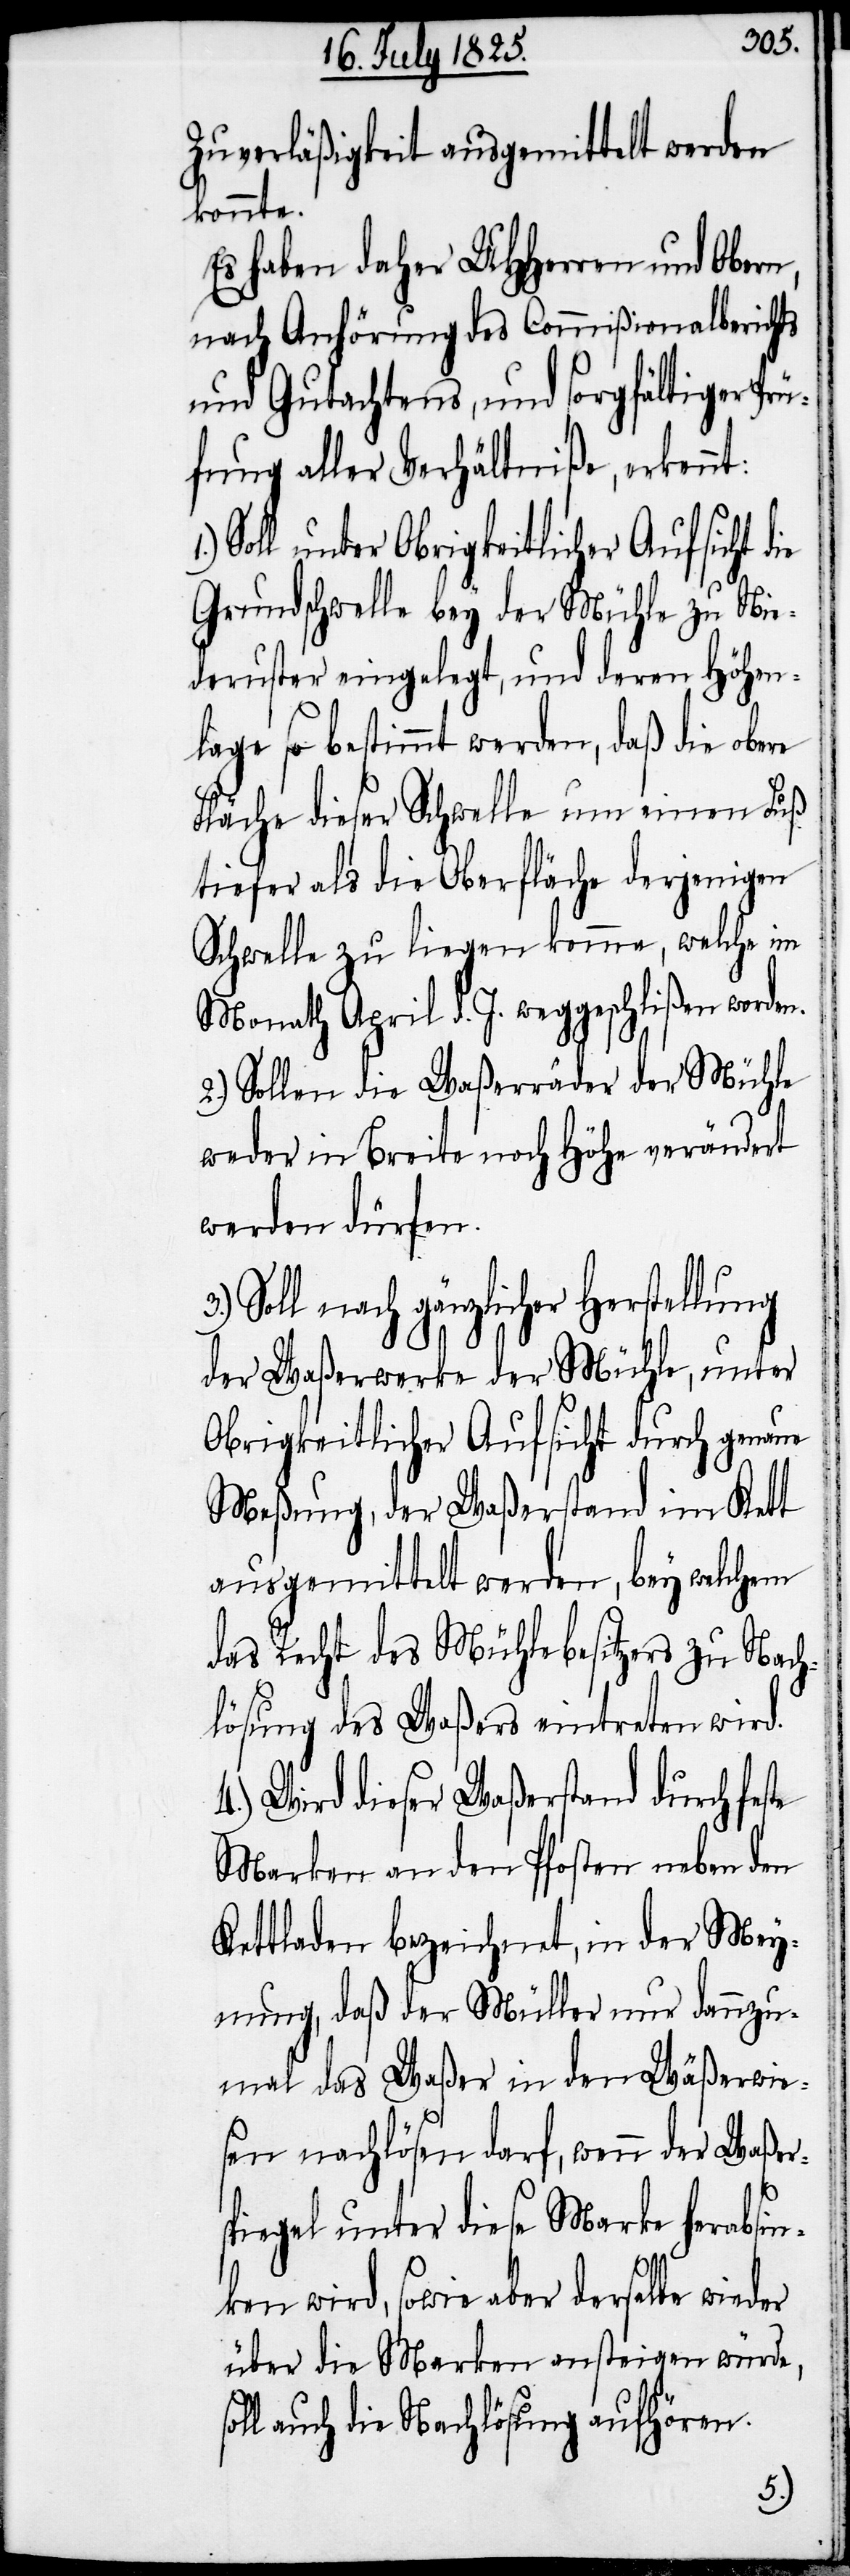
Zuverläßigkeit ausgemittelt werden
konnte.
Es haben daher UHHerren und Obern,
nach Anhörung des Commißionalberichts
und Gutachtens, und sorgfältiger Prü¬
fung aller Verhältniße, erkennt:
Soll unter Obrigkeitlicher Aufsicht die
Grundschwelle bey der Mühle zu Nie¬
deruster eingelegt, und deren Höhen¬
lage so bestimmt werden, daß die obere
Fläche dieser Schwelle um einen Fuß
tiefer als die Oberfläche derjenigen
Schwelle zu liegen komme, welche im
Monath April d. J. weggeschlißen worden.
2.) Sollen die Waßerräder der Mühle
weder in Breite noch Höhe verändert
werden dürfen.
Soll nach gänzlicher Herstellung
der Waßerwerke der Mühle, unter
Obrigkeitlicher Aufsicht durch genaue
Meßung, der Waßerstand im Kett
ausgemittelt werden, bey welchem
das Recht des Mühlebesitzers zu Nach¬
lösung des Waßers wird.
4.) Wird dieser Waßerstand durch fes¬
Marken an den Pfosten neben den
Kettladen bezeichnet, in der Mey¬
nung, daß der Müller nur dannzu¬
mal das Waßer in den Wäßerwie¬
sen nachlösen darf, wenn der Waßer¬
spiegel unter diese Marke herabsin¬
ken wird, sowie aber derselbe wieder
über die Marken aufsteigen würde,
auch die Nachlösung aufhören.
te